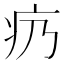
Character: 疓